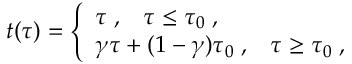
t ( \tau ) = \left\{ \begin{array} { l } { { \tau \; , \; \; \; \tau \leq \tau _ { 0 } \; , } } \\ { { \gamma \tau + ( 1 - \gamma ) \tau _ { 0 } \; , \; \; \; \tau \geq \tau _ { 0 } \; , } } \end{array} \right.